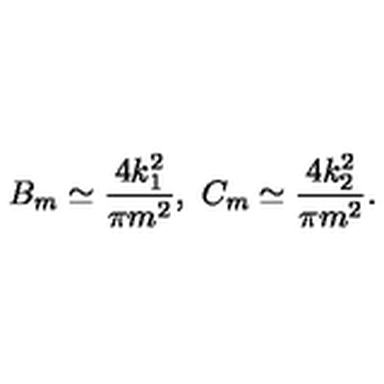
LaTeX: B _ { m } \simeq \frac { 4 k _ { 1 } ^ { 2 } } { \pi m ^ { 2 } } , \ C _ { m } \simeq \frac { 4 k _ { 2 } ^ { 2 } } { \pi m ^ { 2 } } .